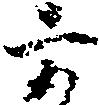
六